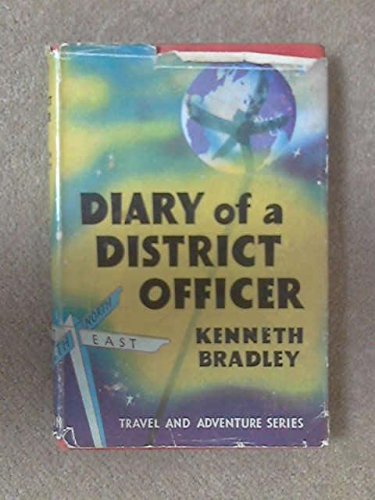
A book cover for The diary of a district officer: Foreword by Lord Hailey (Travel and adventure series); Kenneth Bradley; Travel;